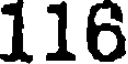
116